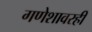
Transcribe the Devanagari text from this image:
गणेशावरही